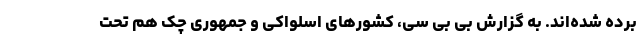
برده شده‌اند. به گزارش بی بی سی، کشورهای اسلواکی و جمهوری چک هم تحت